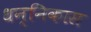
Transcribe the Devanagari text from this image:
धन्निकास